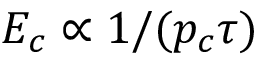
E _ { c } \propto 1 / ( p _ { c } \tau )